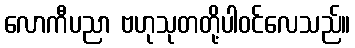
လောကီပညာ ဗဟုသုတတို့ပါဝင်လေသည်။